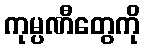
ကုမ္ပဏီတွေကို